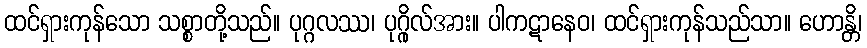
ထင်ရှားကုန်သော သစ္စာတို့သည်။ ပုဂ္ဂလဿ၊ ပုဂ္ဂိုလ်အား။ ပါကဋာနေဝ၊ ထင်ရှားကုန်သည်သာ။ ဟောန္တိ၊